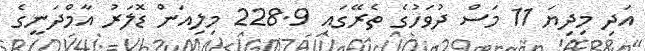
އަދި މިދިޔަ 11 މަސް ދުވަހުގެ ތެރޭގައި 228.9 މިލިއަން ޑޮލަރު އާމްދަނީގެ